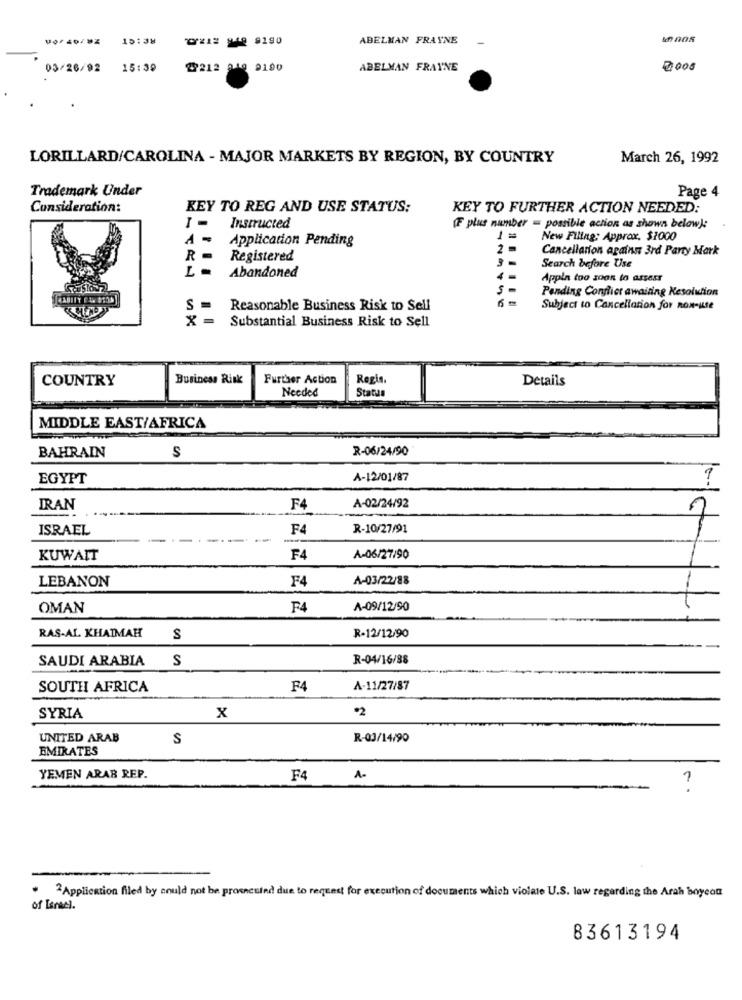
15:38
ABELMAN FRAYNE
03/26/92 15:39
29212 249 9190
ABELMAN FRAYNE
2000
LORILLARD/CAROLINA - MAJOR MARKETS BY REGION, BY COUNTRY
March 26, 1992
Trademark Under
Page 4
Consideration:
KEY TO REG AND USE STATUS;
KEY TO FURTHER ACTION NEEDED:
I -
Instructed
(F plus number = possible action as shown below):
Application Pending
1=
New Filing: Approx. $1000
Cancellation against 3rd Party Mark
R -
Registered
Search before Use
L -
Abandoned
4 =
Appla too soon to assess
Pending Conflict awaiting Kesolution
S =
Reasonable Business Risk to Sell
Subject to Cancellation for non-use
X =
Substantial Business Risk to Sell
COUNTRY
Business Risk
Further Action
Regis,
Details
Needed
Status
MIDDLE EAST/AFRICA
R-06/24/90
BAHRAIN
S
EGYPT
A-12/01/87
?
IRAN
F4
A-02/24/92
ISRAEL
F4
R-10/27/91
-
KUWAIT
F4
A-06/27/90
LEBANON
F4
A-03/22/88
OMAN
F4
A-09/12/90
RAS-AL KHAIMAH
S
R-12/12/90
SAUDI ARABIA S
R-04/16/88
SOUTH AFRICA
F4
A-11/27/87
X
*2
SYRIA
UNITED ARAB
S
R-03/14/90
EMIRATES
YEMEN ARAB REP.
F4
A-
1
2 Application filed by could not be prosecuted due to request for execution of documents which violate U.S. law regarding the Arah boycon
of Israel.
83613194